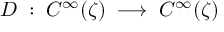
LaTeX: D \; : \; C ^ { \infty } ( \zeta ) \; \longrightarrow \; C ^ { \infty } ( \zeta )